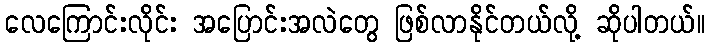
လေကြောင်းလိုင်း အပြောင်းအလဲတွေ ဖြစ်လာနိုင်တယ်လို့ ဆိုပါတယ်။